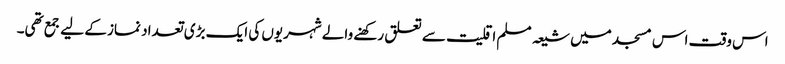
اس وقت اس مسجد میں شیعہ مسلم اقلیت سے تعلق رکھنے والے شہریوں کی ایک بڑی تعداد نماز کے لیے جمع تھی۔